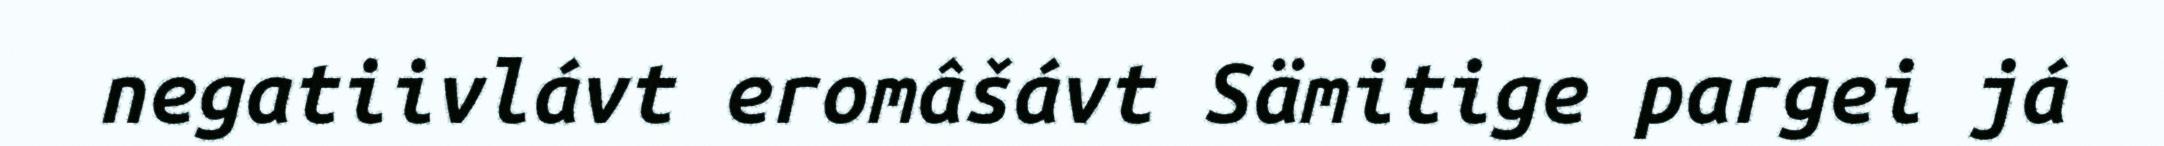
negatiivlávt eromâšávt Sämitige pargei já